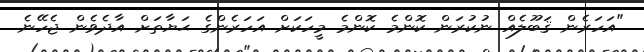
"އަހަރެން ޤަބޫލެއް ނުކުރަން ކޮންމެ ކޮންމެ މީހަކަށް އަހަރެންގެ ޙަޔާތަށް އާދެވެން ޖެހޭނެ